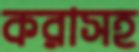
করাসহ